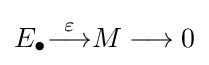
E_{\bullet }{\overset {\varepsilon }{\longrightarrow }}M\longrightarrow 0